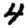
Digit: 4